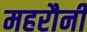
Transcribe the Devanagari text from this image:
महरौनी